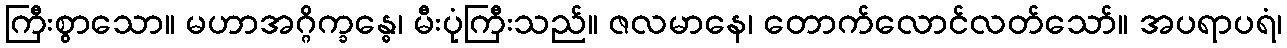
ကြီးစွာသော။ မဟာအဂ္ဂိက္ခန္ဓေ၊ မီးပုံကြီးသည်။ ဇလမာနေ၊ တောက်လောင်လတ်သော်။ အပရာပရံ၊